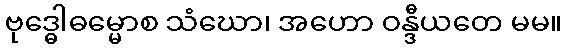
ဗုဒ္ဓေါဓမ္မောစ သံဃော၊ အဟော ဝန္ဒီယတေ မမ။